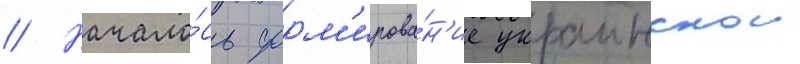
// Начало́сь форм'ирова́н'ие украинскои